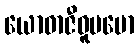
ယောဓာဇီဝူပမော